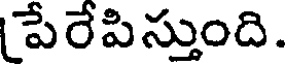
పేరేపిస్తుంది.